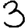
Digit: 3